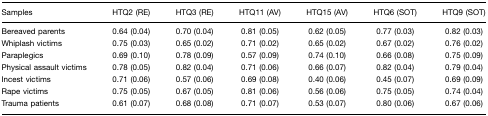
<table><thead><tr><td><b>Samples</b></td><td><b>HTQ2 (RE)</b></td><td><b>HTQ3 (RE)</b></td><td><b>HTQ11 (AV)</b></td><td><b>HTQ15 (AV)</b></td><td><b>HTQ6 (SOT)</b></td><td><b>HTQ9 (SOT)</b></td></tr></thead><tbody><tr><td>Bereaved parents</td><td>0.64 (0.04)</td><td>0.70 (0.04)</td><td>0.81 (0.05)</td><td>0.62 (0.05)</td><td>0.77 (0.03)</td><td>0.82 (0.03)</td></tr><tr><td>Whiplash victims</td><td>0.75 (0.03)</td><td>0.65 (0.02)</td><td>0.71 (0.02)</td><td>0.65 (0.02)</td><td>0.67 (0.02)</td><td>0.76 (0.02)</td></tr><tr><td>Paraplegics</td><td>0.69 (0.10)</td><td>0.78 (0.09)</td><td>0.57 (0.09)</td><td>0.74 (0.10)</td><td>0.66 (0.08)</td><td>0.75 (0.09)</td></tr><tr><td>Physical assault victims</td><td>0.78 (0.05)</td><td>0.82 (0.04)</td><td>0.71 (0.06)</td><td>0.66 (0.07)</td><td>0.82 (0.04)</td><td>0.79 (0.04)</td></tr><tr><td>Incest victims</td><td>0.71 (0.06)</td><td>0.57 (0.06)</td><td>0.69 (0.08)</td><td>0.40 (0.06)</td><td>0.45 (0.07)</td><td>0.69 (0.09)</td></tr><tr><td>Rape victims</td><td>0.75 (0.05)</td><td>0.67 (0.05)</td><td>0.81 (0.06)</td><td>0.56 (0.06)</td><td>0.75 (0.05)</td><td>0.74 (0.04)</td></tr><tr><td>Trauma patients</td><td>0.61 (0.07)</td><td>0.68 (0.08)</td><td>0.71 (0.07)</td><td>0.53 (0.07)</td><td>0.80 (0.06)</td><td>0.67 (0.06)</td></tr></tbody></table>